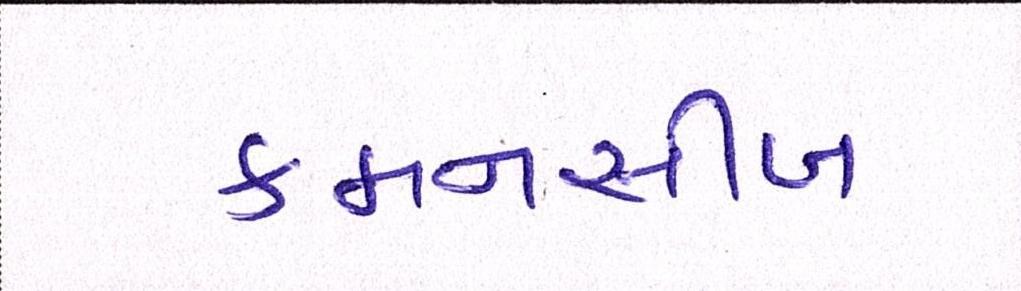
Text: કમનસીબ